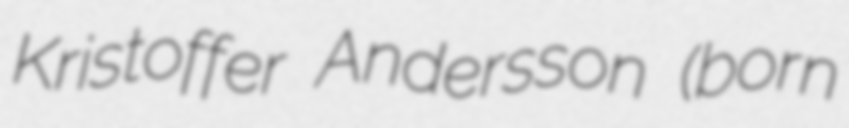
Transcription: Kristoffer Andersson (born